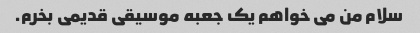
سلام من می خواهم یک جعبه موسیقی قدیمی بخرم.